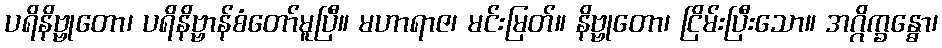
ပရိနိဗ္ဗုတော၊ ပရိနိဗ္ဗာန်စံတော်မူပြီ။ မဟာရာဇ၊ မင်းမြတ်။ နိဗ္ဗုတော၊ ငြိမ်းပြီးသော။ အဂ္ဂိက္ခန္ဓော၊